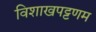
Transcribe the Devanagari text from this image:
विशाखपट्टणम